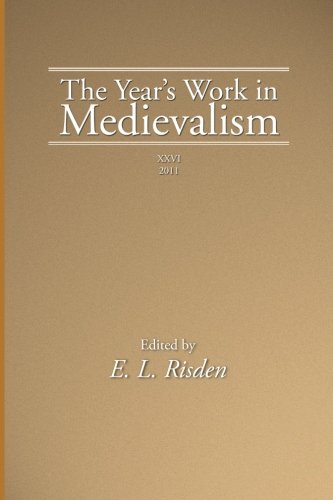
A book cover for The Years Work in Medievalism: 2011; Literature & Fiction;